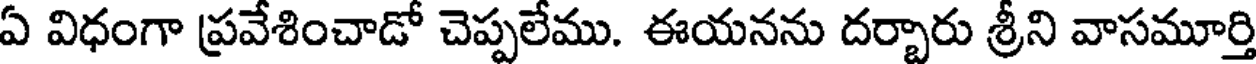
ఏ విధంగా ప్రవేశించాడో చెప్పలేము. ఈయనను దర్బారు శ్రీని వాసమూర్తి